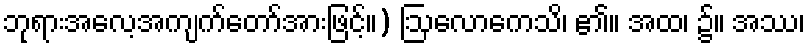
ဘုရားအလေ့အကျက်တော်အားဖြင့်။) ဩလောကေသိ၊ ၏။ အထ၊ ၌။ အဿ၊